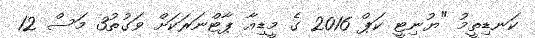
ކަނޑިތީމު "ޔުނިޓީ ކަޕް 2016 ގެ މީޑިއާ ޕާޓްނަރަކަށް ވަގުތު3 މަސް 12